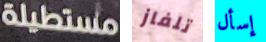
مستطيلة تلفاز إسأل